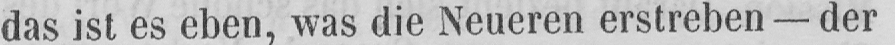
das ist es eben, was die Neueren erstreben - der